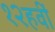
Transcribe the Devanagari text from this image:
१२हवीं